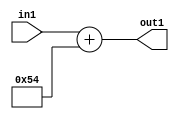
`timescale 1ps / 1ps
/*****************************************************************************
    Verilog RTL Description
    
    
    Created by: Stratus DpOpt 2019.1.01 
*******************************************************************************/

module DC_Filter_Add_12U_198_4 (
	in1,
	out1
	); /* architecture "behavioural" */ 
input [11:0] in1;
output [11:0] out1;
wire [11:0] asc001;

assign asc001 = 
	+(in1)
	+(12'B000001010100);

assign out1 = asc001;
endmodule

/* CADENCE  urn0SQo= : u9/ySgnWtBlWxVPRXgAZ4Og= ** DO NOT EDIT THIS LINE ******/